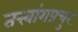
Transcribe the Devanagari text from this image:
तत्त्वांगप्रचुर